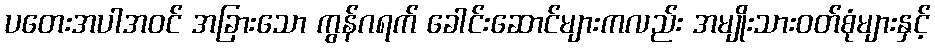
ပတေးအပါအဝင် အခြားသော ကွန်ဂရက် ခေါင်းဆောင်များကလည်း အမျိုးသားဝတ်စုံများနှင့်